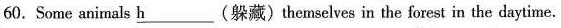
60. Some animals \underline{h}(躲藏)themselves in the forest in the daytime.